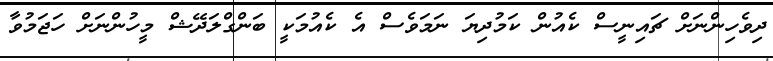
ދިވެހިންނަށް ޗައިނީސް ކެއުން ކަމުދިޔަ ނަމަވެސް އެ ކެއުމަކީ ބަންގްލަދޭޝް މީހުންނަށް ހަޖަމުވާ